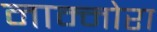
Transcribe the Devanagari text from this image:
नाम्मोरा